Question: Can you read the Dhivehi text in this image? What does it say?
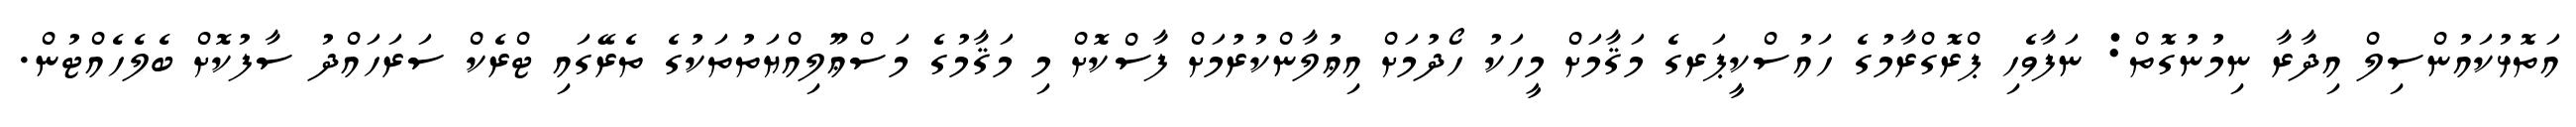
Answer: އަތޮޅުކައުންސިލް އިދާރާ ނިމުނުގޮތް: ނަފާވެހި ޕްރޮގްރާމުގެ ހައުސްކީޕަރގެ މަޤާމަށް މީހަކު ހޯދުމަށް އިޢުލާންކުރުމަށް ފާސްކޮށް މި މަޤާމުގެ މަސްޢޫލިއްޔަތުތަކުގެ ތެރޭގައި ޓްރެކް ސަރަހައްދު ސާފުކޮށް ބެލެހެއްޓުން.